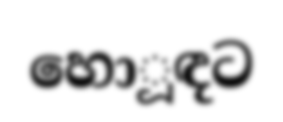
හොූඳට